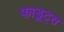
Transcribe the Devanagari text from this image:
फाडूट्स